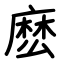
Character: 麽